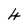
Character: 4